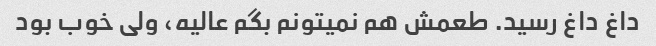
داغ داغ رسید. طعمش هم نمیتونم بگم عالیه، ولی خوب بود